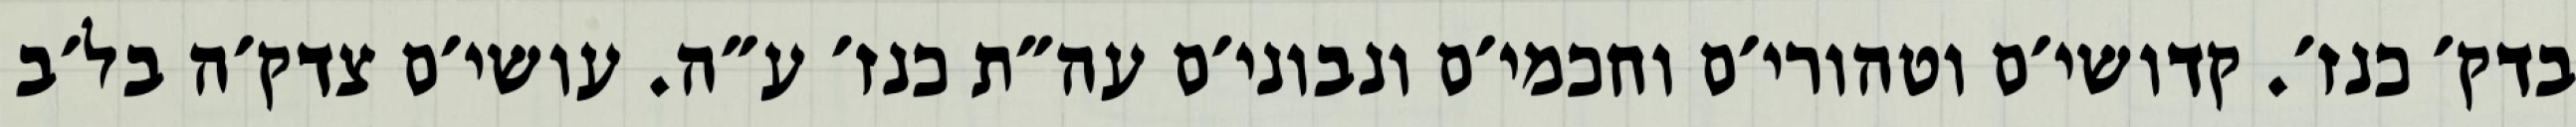
בדק׳ כנז׳. קדושי׳ם וטהורי׳ם וחכמי׳ם ונבוני׳ם עה״ת כנז׳ ע״ה. עושי׳ם צדק׳ה בל׳ב